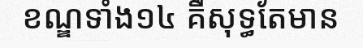
ខណ្ឌទាំង១៤ គឺសុទ្ធតែមាន